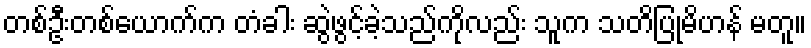
တစ်ဦးတစ်ယောက်က တံခါး ဆွဲဖွင့်ခဲ့သည်ကိုလည်း သူက သတိပြုမိဟန် မတူ။